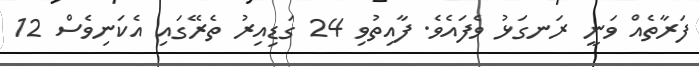
ފަރާތެއް ވަނީ ރަނގަޅު ވެފައެވެ. ފާއިތުވި 24 ގަޑިއިރު ތެރޭގައި އެކަނިވެސް 12